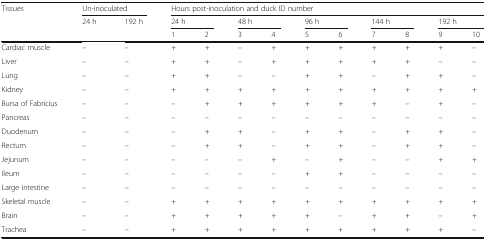
<table><thead><tr><td rowspan="3"><b>Tissues</b></td><td colspan="2"><b>Un-inoculated</b></td><td colspan="10"><b>Hours post-inoculation and duck ID number</b></td></tr><tr><td><b>24 h</b></td><td><b>192 h</b></td><td colspan="2"><b>24 h</b></td><td colspan="2"><b>48 h</b></td><td colspan="2"><b>96 h</b></td><td colspan="2"><b>144 h</b></td><td colspan="2"><b>192 h</b></td></tr><tr><td></td><td></td><td><b>1</b></td><td><b>2</b></td><td><b>3</b></td><td><b>4</b></td><td><b>5</b></td><td><b>6</b></td><td><b>7</b></td><td><b>8</b></td><td><b>9</b></td><td><b>10</b></td></tr></thead><tbody><tr><td>Cardiac muscle</td><td>–</td><td>–</td><td>+</td><td>+</td><td>–</td><td>+</td><td>+</td><td>+</td><td>+</td><td>+</td><td>+</td><td>–</td></tr><tr><td>Liver</td><td>–</td><td>–</td><td>+</td><td>+</td><td>–</td><td>+</td><td>+</td><td>+</td><td>+</td><td>+</td><td>–</td><td>–</td></tr><tr><td>Lung</td><td>–</td><td>–</td><td>+</td><td>+</td><td>–</td><td>–</td><td>+</td><td>+</td><td>–</td><td>+</td><td>+</td><td>–</td></tr><tr><td>Kidney</td><td>–</td><td>–</td><td>+</td><td>+</td><td>+</td><td>+</td><td>+</td><td>+</td><td>+</td><td>+</td><td>+</td><td>+</td></tr><tr><td>Bursa of Fabricius</td><td>–</td><td>–</td><td>–</td><td>+</td><td>+</td><td>+</td><td>+</td><td>+</td><td>+</td><td>–</td><td>+</td><td>–</td></tr><tr><td>Pancreas</td><td>–</td><td>–</td><td>–</td><td>–</td><td>–</td><td>–</td><td>–</td><td>–</td><td>–</td><td>–</td><td>–</td><td>–</td></tr><tr><td>Duodenum</td><td>–</td><td>–</td><td>–</td><td>+</td><td>+</td><td>–</td><td>+</td><td>+</td><td>–</td><td>+</td><td>+</td><td>–</td></tr><tr><td>Rectum</td><td>–</td><td>–</td><td>–</td><td>+</td><td>+</td><td>–</td><td>+</td><td>+</td><td>–</td><td>+</td><td>+</td><td>–</td></tr><tr><td>Jejunum</td><td>–</td><td>–</td><td>–</td><td>–</td><td>–</td><td>+</td><td>–</td><td>+</td><td>–</td><td>–</td><td>+</td><td>+</td></tr><tr><td>Ileum</td><td>–</td><td>–</td><td>–</td><td>–</td><td>–</td><td>–</td><td>+</td><td>+</td><td>–</td><td>–</td><td>–</td><td>–</td></tr><tr><td>Large intestine</td><td>–</td><td>–</td><td>–</td><td>–</td><td>–</td><td>–</td><td>–</td><td>–</td><td>–</td><td>–</td><td>–</td><td>–</td></tr><tr><td>Skeletal muscle</td><td>–</td><td>–</td><td>+</td><td>+</td><td>+</td><td>+</td><td>+</td><td>+</td><td>+</td><td>+</td><td>+</td><td>+</td></tr><tr><td>Brain</td><td>–</td><td>–</td><td>+</td><td>+</td><td>+</td><td>+</td><td>+</td><td>–</td><td>+</td><td>+</td><td>–</td><td>+</td></tr><tr><td>Trachea</td><td>–</td><td>–</td><td>+</td><td>+</td><td>+</td><td>+</td><td>+</td><td>+</td><td>+</td><td>+</td><td>+</td><td>–</td></tr></tbody></table>